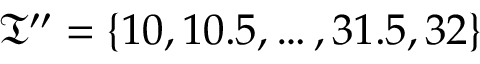
\mathfrak { T } ^ { \prime \prime } = \{ 1 0 , 1 0 . 5 , \dots , 3 1 . 5 , 3 2 \}